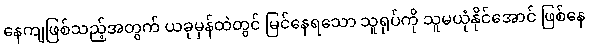
နေကျဖြစ်သည့်အတွက် ယခုမှန်ထဲတွင် မြင်နေရသော သူရုပ်ကို သူမယုံနိုင်အောင် ဖြစ်နေ